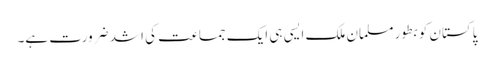
پاکستان کو بطور مسلمان ملک ایسی ہی ایک جماعت کی اشد ضرورت ہے۔